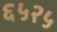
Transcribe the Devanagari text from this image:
६५२५